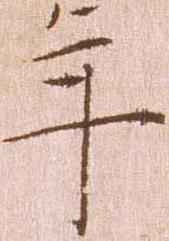
年